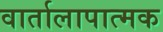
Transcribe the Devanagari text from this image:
वार्तालापात्मक